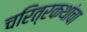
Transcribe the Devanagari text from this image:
चरित्रकथांचा